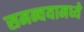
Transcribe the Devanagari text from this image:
समन्वयामध्ये